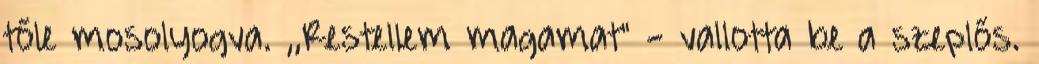
tőle mosolyogva. ,,Restellem magamat" - vallotta be a szeplős.